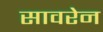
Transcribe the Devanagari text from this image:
सावरेन